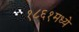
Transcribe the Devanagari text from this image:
१८६१मध्ये